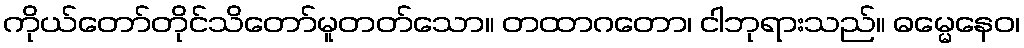
ကိုယ်တော်တိုင်သိတော်မူတတ်သော။ တထာဂတော၊ ငါဘုရားသည်။ ဓမ္မေနေဝ၊